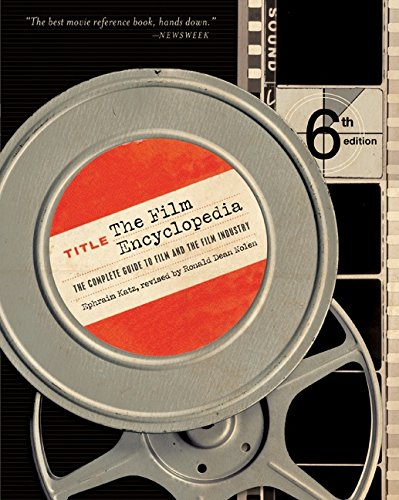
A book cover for The Film Encyclopedia 6e: The Complete Guide to Film and the Film Industry; Ephraim Katz; Humor & Entertainment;